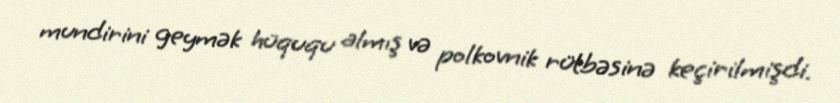
mundirini geymək hüququ almış və polkovnik rütbəsinə keçirilmişdi.